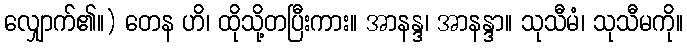
လျှောက်၏။) တေန ဟိ၊ ထိုသို့တပြီးကား။ အာနန္ဒ၊ အာနန္ဒာ။ သုသီမံ၊ သုသီမကို။